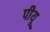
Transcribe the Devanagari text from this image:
पीयू